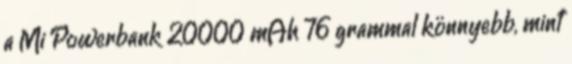
a Mi Powerbank 20000 mAh 76 grammal könnyebb, mint